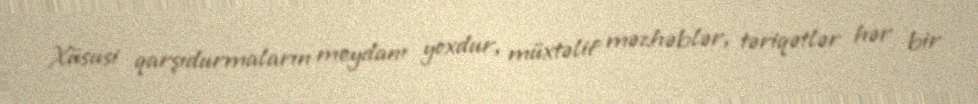
Xüsusi qarşıdurmaların meydanı yoxdur, müxtəlif məzhəblər, təriqətlər hər bir